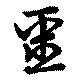
噩